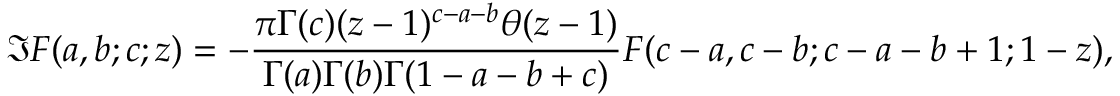
\Im F ( a , b ; c ; z ) = - \frac { \pi \Gamma ( c ) ( z - 1 ) ^ { c - a - b } \theta ( z - 1 ) } { \Gamma ( a ) \Gamma ( b ) \Gamma ( 1 - a - b + c ) } F ( c - a , c - b ; c - a - b + 1 ; 1 - z ) ,